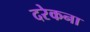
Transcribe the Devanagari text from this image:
दरेकना